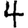
Digit: 4